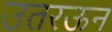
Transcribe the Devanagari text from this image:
उतरऊन